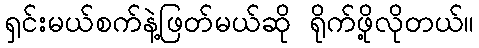
ရှင်းမယ်စက်နဲ့ဖြတ်မယ်ဆို ရိုက်ဖို့လိုတယ်။